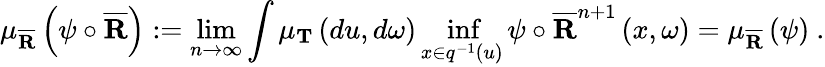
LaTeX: \mu_{\overline{{\mathbf{R}}}}\left(\psi\circ\overline{{\mathbf{R}}}\right):=\operatorname*{lim}_{n\rightarrow\infty}\int\mu_{\mathbf{T}}\left(du,d\omega\right)\operatorname*{inf}_{x\in q^{-1}\left(u\right)}\psi\circ\overline{{\mathbf{R}}}^{n+1}\left(x,\omega\right)=\mu_{\overline{{\mathbf{R}}}}\left(\psi\right)\ .